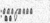
٧٩